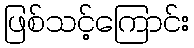
ဖြစ်သင့်ကြောင်း